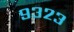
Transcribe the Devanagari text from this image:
९३२३